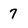
Character: 7